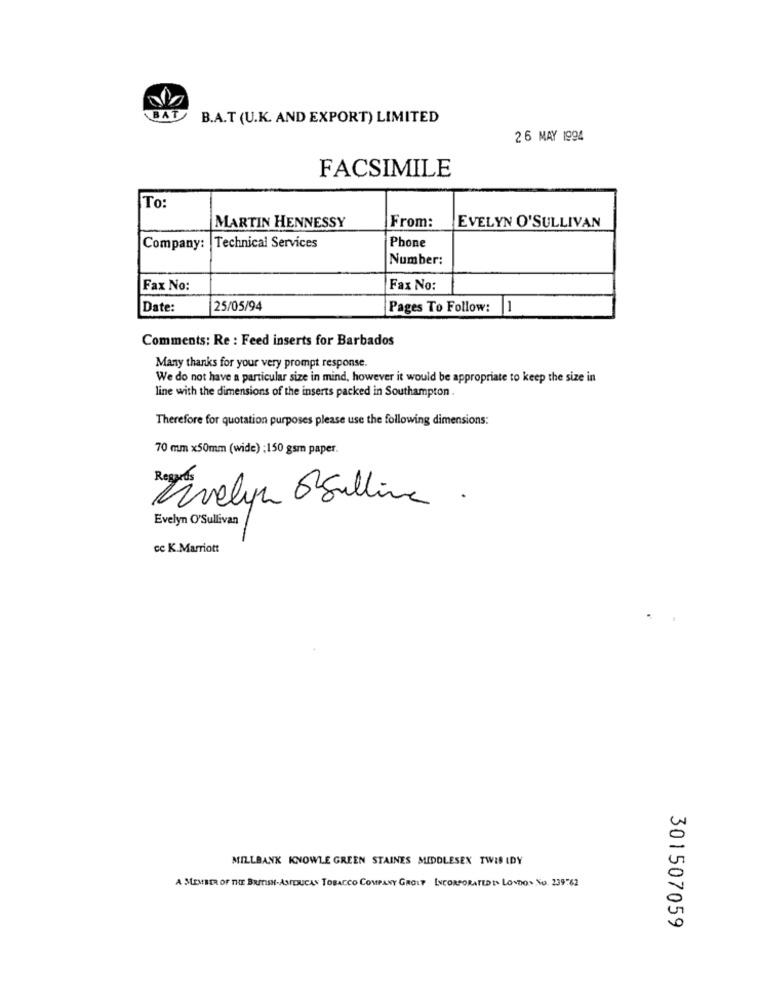
BAT
B.A.T (U.K. AND EXPORT) LIMITED
26 MAY 1994
FACSIMILE
To:
MARTIN HENNESSY
From:
EVELYN O'SULLIVAN
Company: Technical Services
Phone
Number:
Fax No:
Fax No:
Date:
25/05/94
Pages To Follow:
-
Comments: Re : Feed inserts for Barbados
Many thanks for your very prompt response.
We do not have a particular size in mind, however it would be appropriate to keep the size in
line with the dimensions of the inserts packed in Southampton.
Therefore for quotation purposes please use the following dimensions:
70 mm x50mm (wide) :150 gsm paper.
Evelyn OSalline .
Evelyn O'Sullivan
cc K.Marriott
MILLBANK KNOWLE GREEN STAINES MIDDLESEX TWID IDY
A MEMBER OF THE BRITISH-ASFERICAN TOBACCO COMPANY GROLF INCORPORATEDEN LONDON NO 239-62
301507059